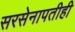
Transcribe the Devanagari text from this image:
सरसेनापतीही